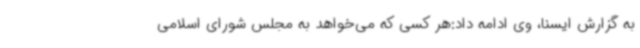
به گزارش ایسنا، وی ادامه داد:هر کسی که می‌خواهد به مجلس شورای اسلامی